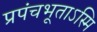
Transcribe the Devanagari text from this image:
प्रपंचभूताऽस्मि